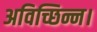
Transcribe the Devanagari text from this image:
अविच्छिन्न।